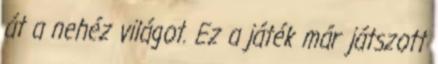
át a nehéz világot. Ez a játék már játszott